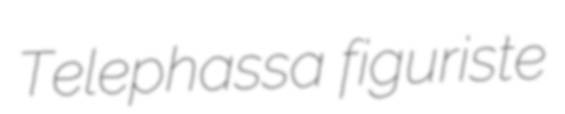
Telephassa figuriste